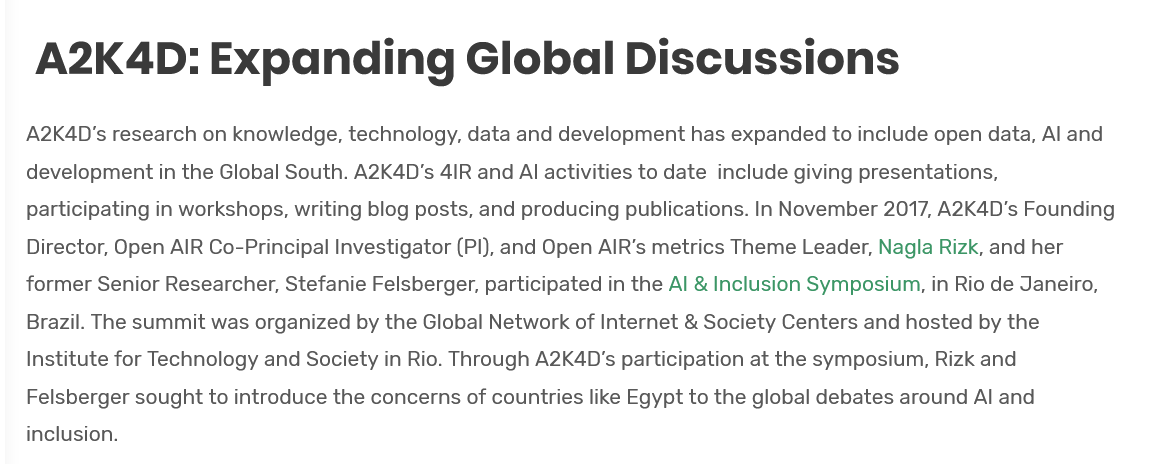
A2K    4D:    Expanding    Global    Discussions
   A2K4D's research on knowledge, technology, data and development has expanded to include open data, Al and
   development in the Global South. A2K4D’'s 4IR and Al activities to date include giving presentations,
   participating in workshops, writing blog posts, and producing publications. In November 2017, A2K4D’s Founding
   Director, Open AIR Co-Principal Investigator (PI), and Open AIR’s metrics Theme Leader, Nagla Rizk, and her
   former Senior Researcher, Stefanie Felsberger, participated in the Al & Inclusion Symposium, in Rio de Janeiro,
   Brazil. The summit was organized by the Global Network of Internet & Society Centers and hosted by the
   Institute for Technology and Society in Rio. Through A2K4D's participation at the symposium, Rizk and
   Felsberger sought to introduce the concerns of countries like Egypt to the global debates around Al and
   inclusion.